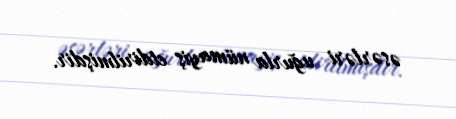
əsərləri uğurla nümayiş etdirilmişdir.